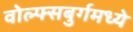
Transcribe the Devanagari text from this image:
वोल्फ्सबुर्गमध्ये